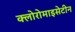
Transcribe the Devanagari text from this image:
क्लोरोमाइसेटीन